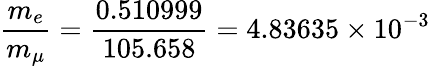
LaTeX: \frac{m_{e}}{m_{\mu}}=\frac{0.510999}{105.658}=4.83635\times 10^{-3}